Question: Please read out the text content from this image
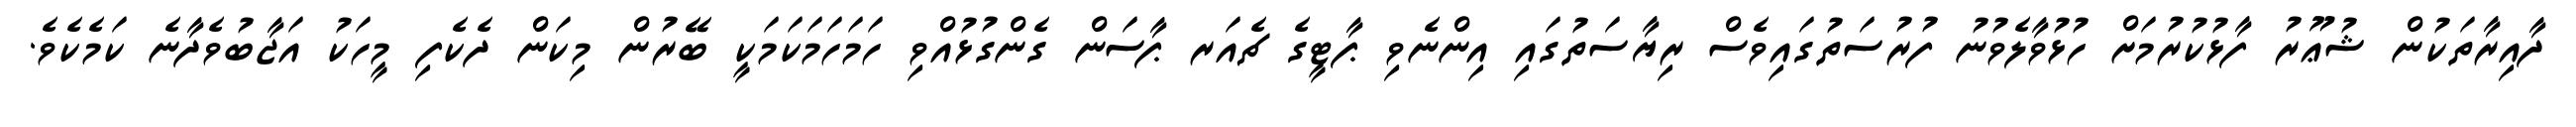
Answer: ދާއިރާތަކުން ޝުޢޫރު ފާޅުކުރުމަށް ހުޅުވާލެވުނު ފުރުސަތުގައިވެސް ރިޔާސަތުގައި އިންނެވި ޕާޓީގެ ޗެއަރ ޕާސަން ގެންގުޅުއްވި ހަމަހަމަކަމަކީ ބޭރުން މިކަން ދެކެފި މީހަކު އަޖާބުވެދާނެ ކަމެކެވެ.